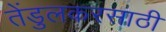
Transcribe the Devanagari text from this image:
तेंडुलकरसाठी